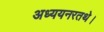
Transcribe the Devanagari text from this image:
अध्ययनरतथे।